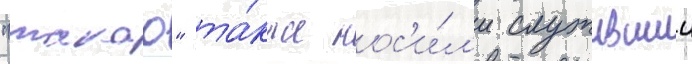
"такао" та́кже нос'и́л'и служившии